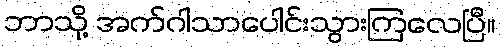
ဘာသို့ အက်ဂါသာပေါင်းသွားကြလေပြီ။